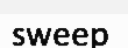
sweep